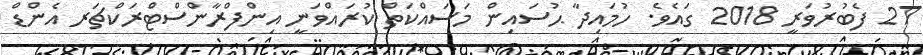
27 ފެބުރުވަރީ 2018 ގައެވެ. ހުމައިދާ ޙުސައިން މަސައްކަތް ކުރައްވަނީ އިންފްރާންސްޓްރަކްޗަރ އެންޑް